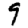
Digit: 9